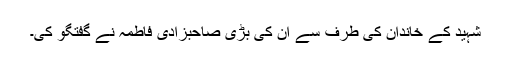
شہید کے خاندان کی طرف سے ان کی بڑی صاحبزادی فاطمہ نے گفتگو کی۔